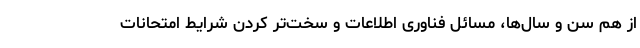
از هم سن و سال‌ها، مسائل فناوری اطلاعات و سخت‌تر کردن شرایط امتحانات